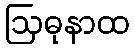
ဩဓုနာထ